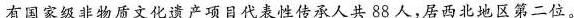
有国家级非物质文化遗产项目代表性传承人共88人，居西北地区第二位。